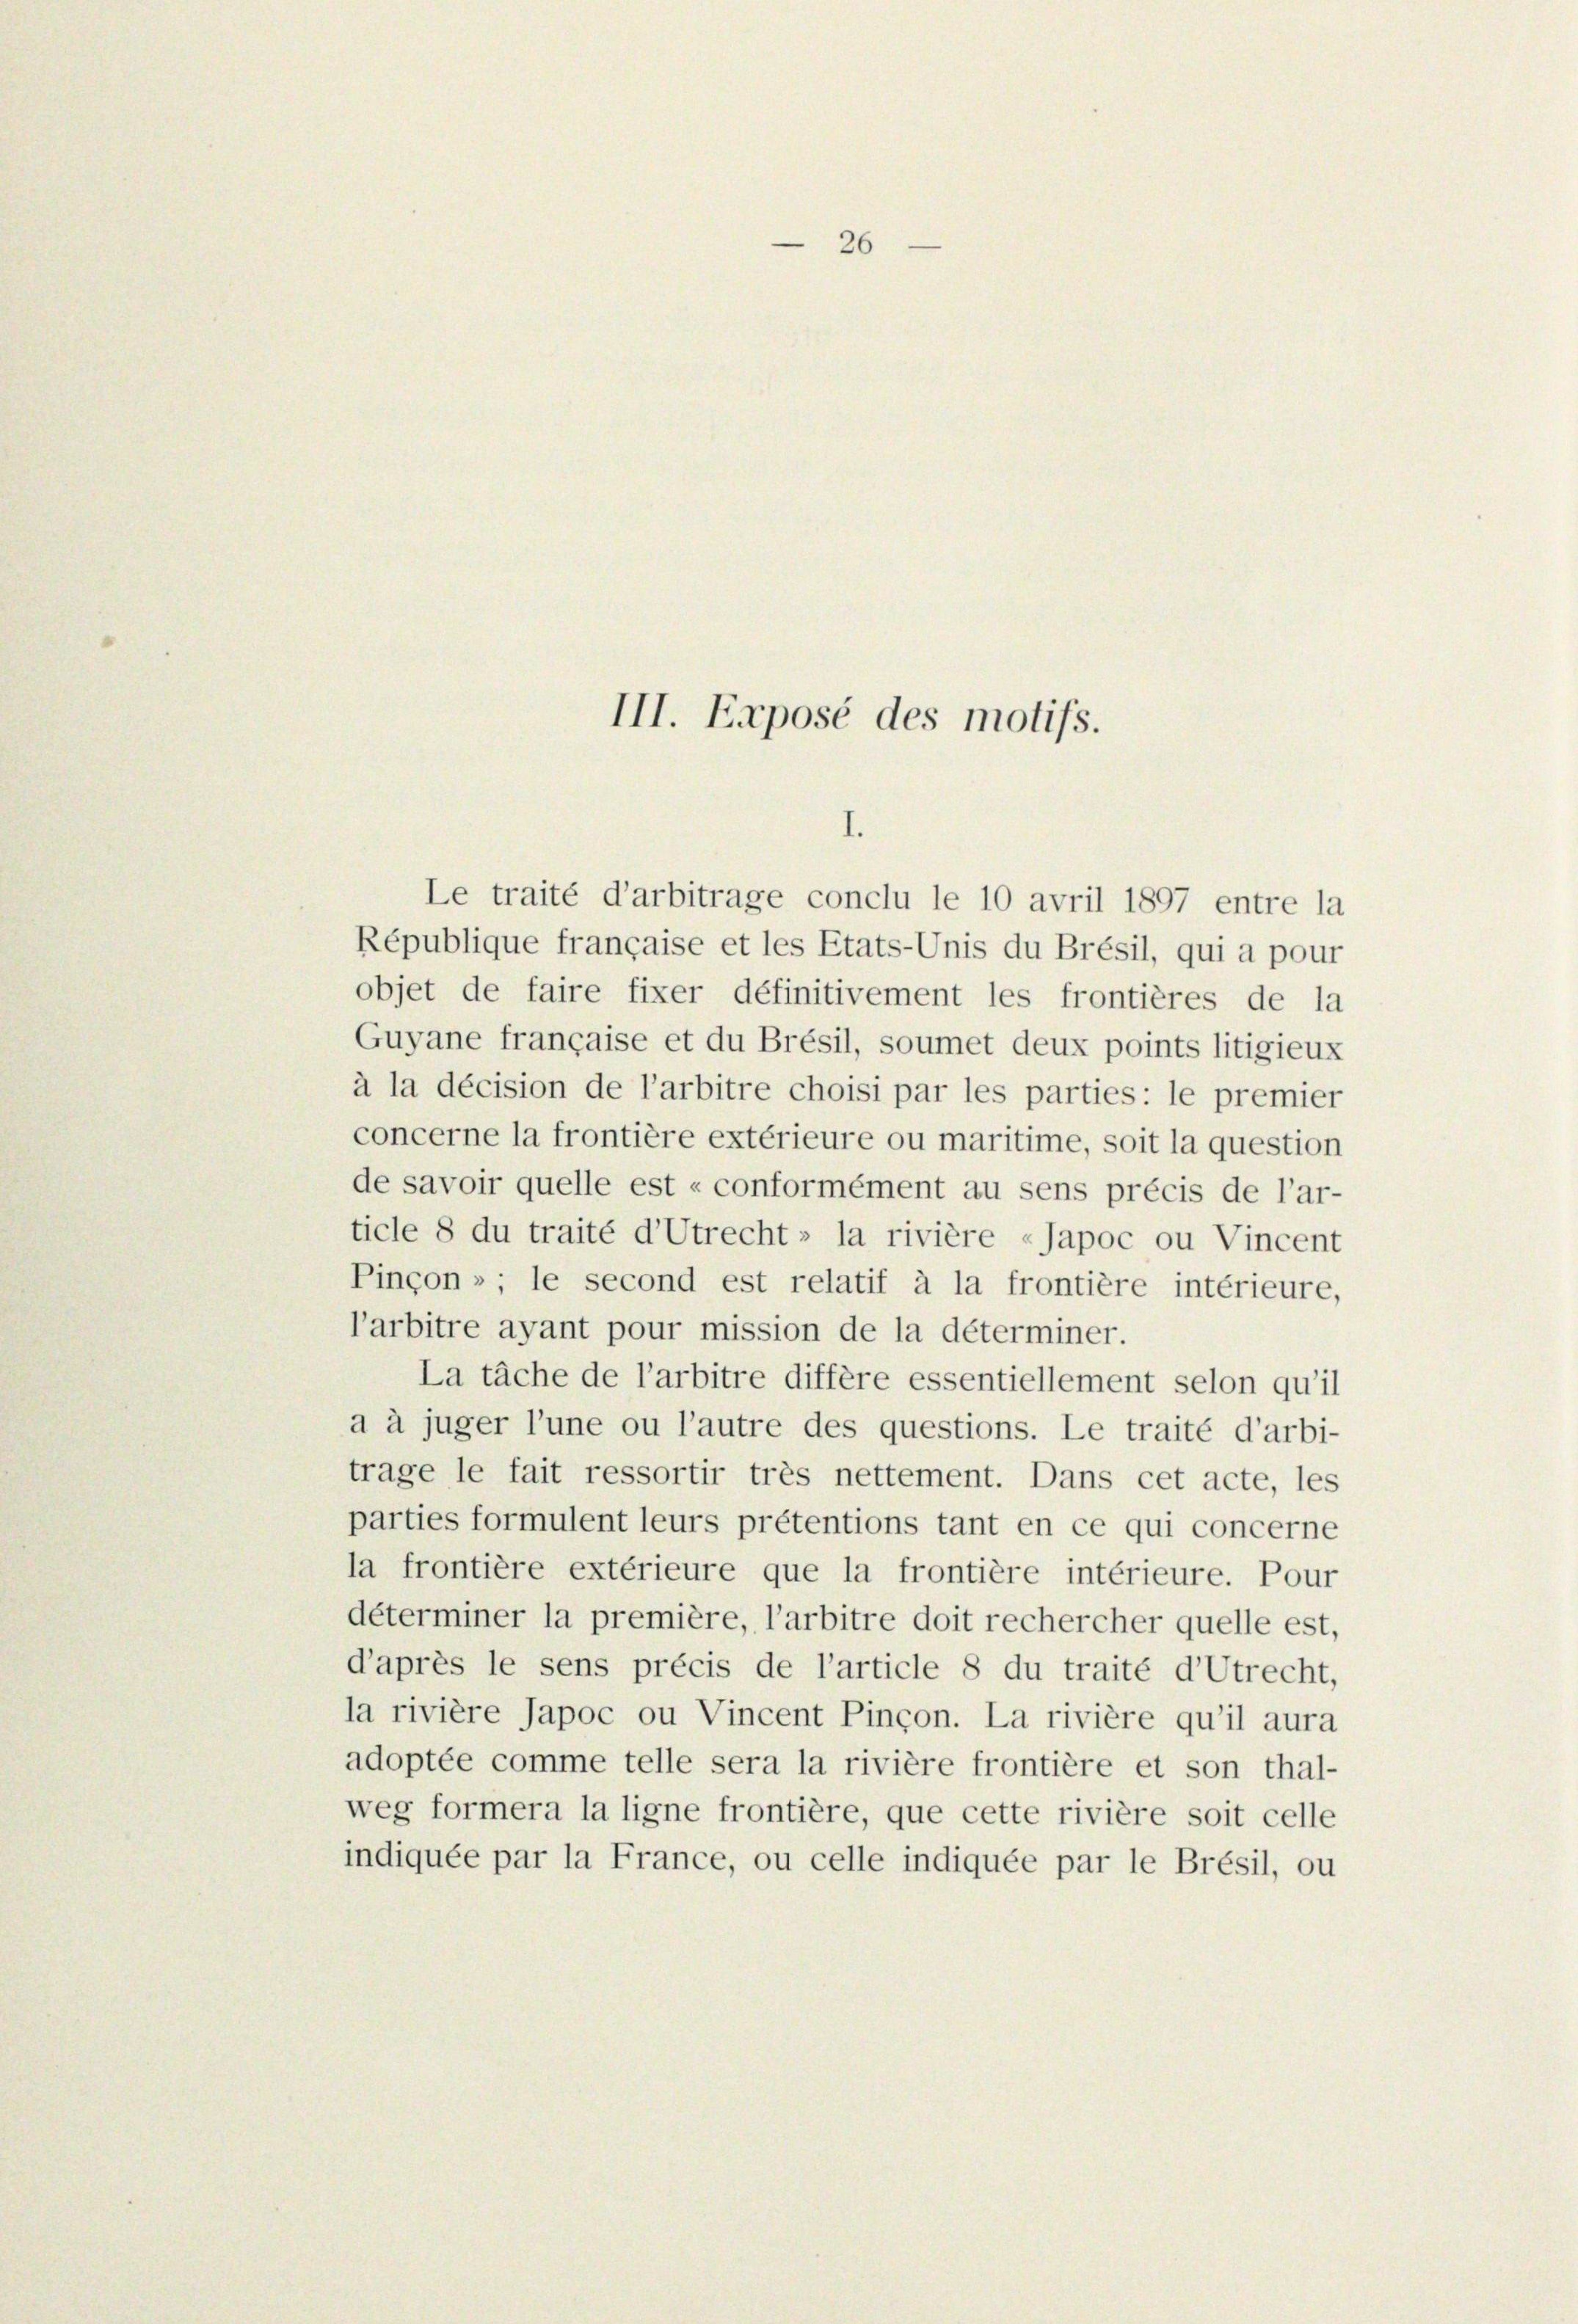
26

III. Exposé des motifs.
1.

Le traité d’arbitrage conclu le 10 avril 1897 entre la
République française et les Etats-Unis du Brésil, qui a pour
objet de faire fixer définitivement les frontières de la
Guyane française et du Brésil, soumet deux points litigieux
à la décision de l’arbitre choisi par les parties: le premier
concerne la frontière extérieure ou maritime, soit la question
de savoir quelle est «conformément au sens précis de l’ar-
ticle 8 du traité d’Utrecht» la rivière «Japoc ou Vincent
Pinçon » ; le second est relatif à la frontière intérieure,
l’arbitre ayant pour mission de la déterminer.
La täche de l’arbitre diffère essentiellement selon qu’il
a à juger l’une ou l’autre des questions. Le traité d’arbi-
trage le fait ressortir très nettement. Dans cet acte, les
parties formulent leurs prétentions tant en ce qui concerne
la frontière extérieure que la frontière intérieure. Pour
déterminer la première, l’arbitre doit rechercher quelle est,
d’après le sens précis de l’article 8 du traité d’Utrecht,
la rivière Japoc ou Vincent Pinçon. La rivière qu’il aura
adoptée comme telle sera la rivière frontière et son thal-
weg formera la ligne frontière, que cette rivière soit celle
indiquée par la France, ou celle indiquée par le Brésil, ou